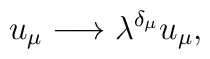
u_{\mu }\longrightarrow \lambda ^{\delta _{\mu }}u_{\mu },